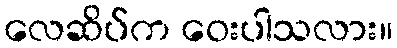
လေဆိပ်က ဝေးပါသလား။